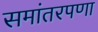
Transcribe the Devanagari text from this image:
समांतरपणा